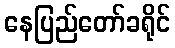
နေပြည်တော်ခရိုင်